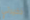
ذخيرتي